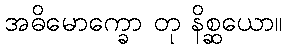
အဓိမောက္ခော တု နိစ္ဆယော။